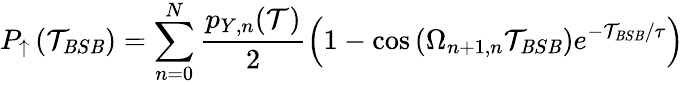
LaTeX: P_{\uparrow}\left(\mathcal{T}_{\mathit{B}S\mathit{B}}\right)=\sum_{n=0}^{N}{\frac{{p_{Y,n}(\mathcal{T})}}{{2}}\left(1-\cos\left(\Omega_{n+1,n}\mathcal{T}_{\mathit{B}S\mathit{B}}\right)e^{-\mathcal{T}_{\mathit{B}S\mathit{B}}/\tau}\right)}